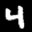
Label: 4